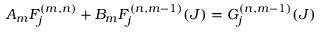
A _ { m } F _ { j } ^ { ( m , n ) } + B _ { m } F _ { j } ^ { ( n , m - 1 ) } ( J ) = G _ { j } ^ { ( n , m - 1 ) } ( J )